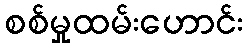
စစ်မှုထမ်းဟောင်း